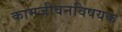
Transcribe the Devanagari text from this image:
कामजीवनविषयक